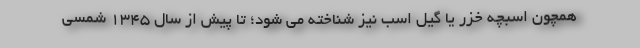
همچون اسبچه خزر یا گیل اسب نیز شناخته می شود؛ تا پیش از سال ۱۳۴۵ شمسی